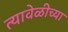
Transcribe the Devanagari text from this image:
त्यावेळीच्या